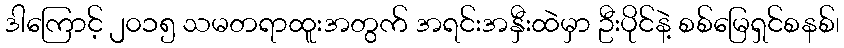
ဒါကြောင့် ၂၀၁၅ သမတရာထူးအတွက် အရင်းအနှီးထဲမှာ ဦးပိုင်နဲ့ စစ်မြေရှင်စနစ်၊